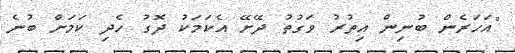
"އަހަރެން ބުނިން އިތުރު ވަގުތު ދޭށޭ އެކަމަކު ދޮގު ހެދި ކަމަށް ބުނެ